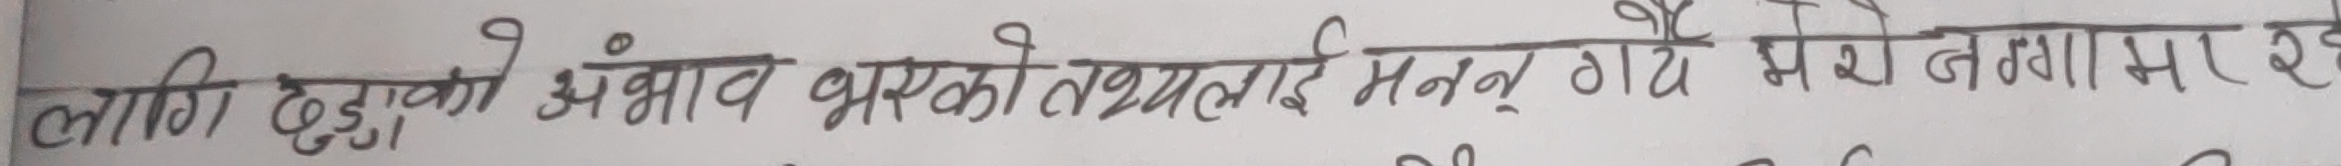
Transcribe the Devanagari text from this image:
लागि टुड्डुको अभाव भएको तथ्यलाई मान्नु गए मैले भनगास र